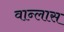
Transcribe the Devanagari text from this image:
वान्लास